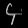
Digit: ၄